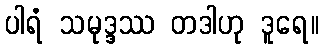
ပါရံ သမုဒ္ဒဿ တဒါဟု ဒူရေ။